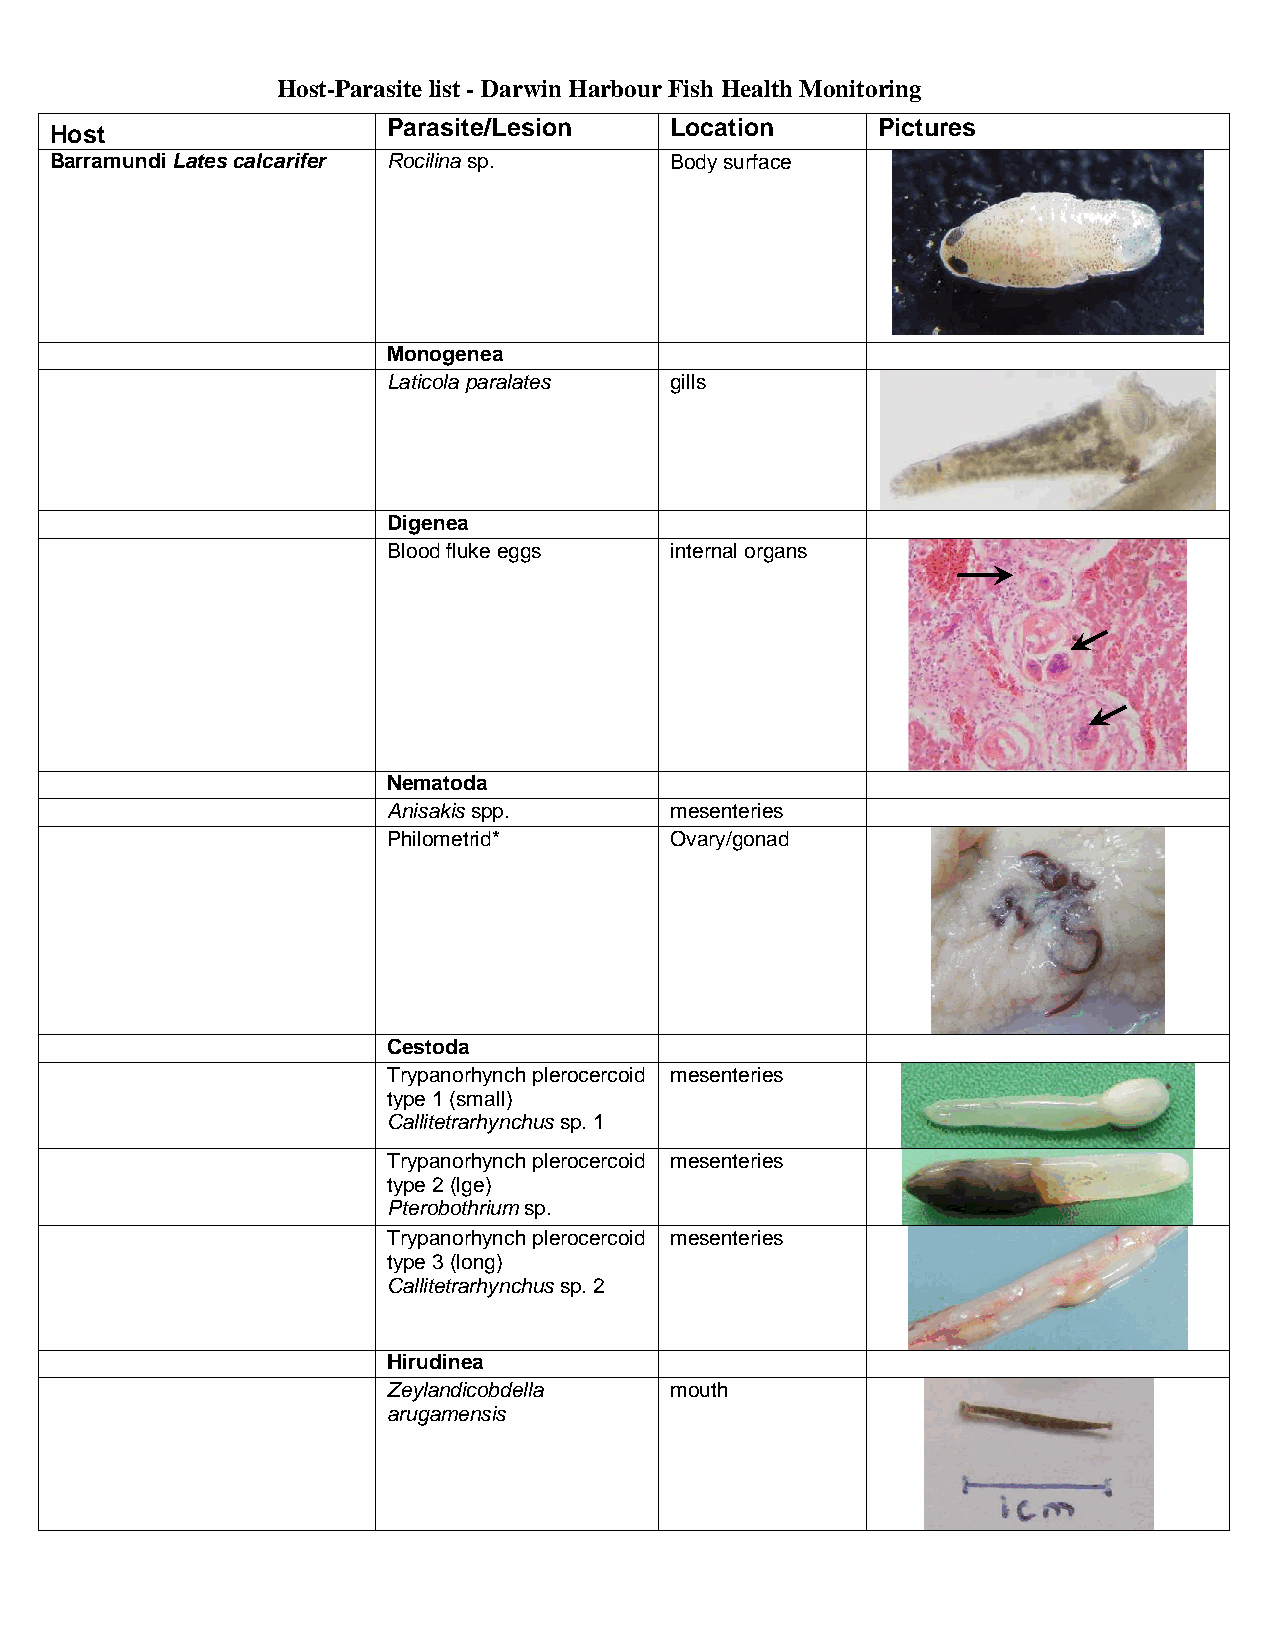
Host-Parasite list - Darwin Harbour Fish Health Monitoring
 Host
 Parasite/Lesion   Location      Pictures
 Barramundi Lates calcarifer Rocilina sp. Body surface
 Monogenea
 Laticola paralates gills
 Digenea
 Blood fluke eggs  internal organs
 Nematoda
 Anisakis spp.     mesenteries
 Philometrid*      Ovary/gonad
 Cestoda
 Trypanorhynch plerocercoid mesenteries
 type 1 (small)
 Callitetrarhynchus sp. 1
 Trypanorhynch plerocercoid mesenteries
 type 2 (lge)
 Pterobothrium sp.
 Trypanorhynch plerocercoid mesenteries
 type 3 (long)
 Callitetrarhynchus sp. 2
 Hirudinea
 Zeylandicobdella  mouth
 arugamensis